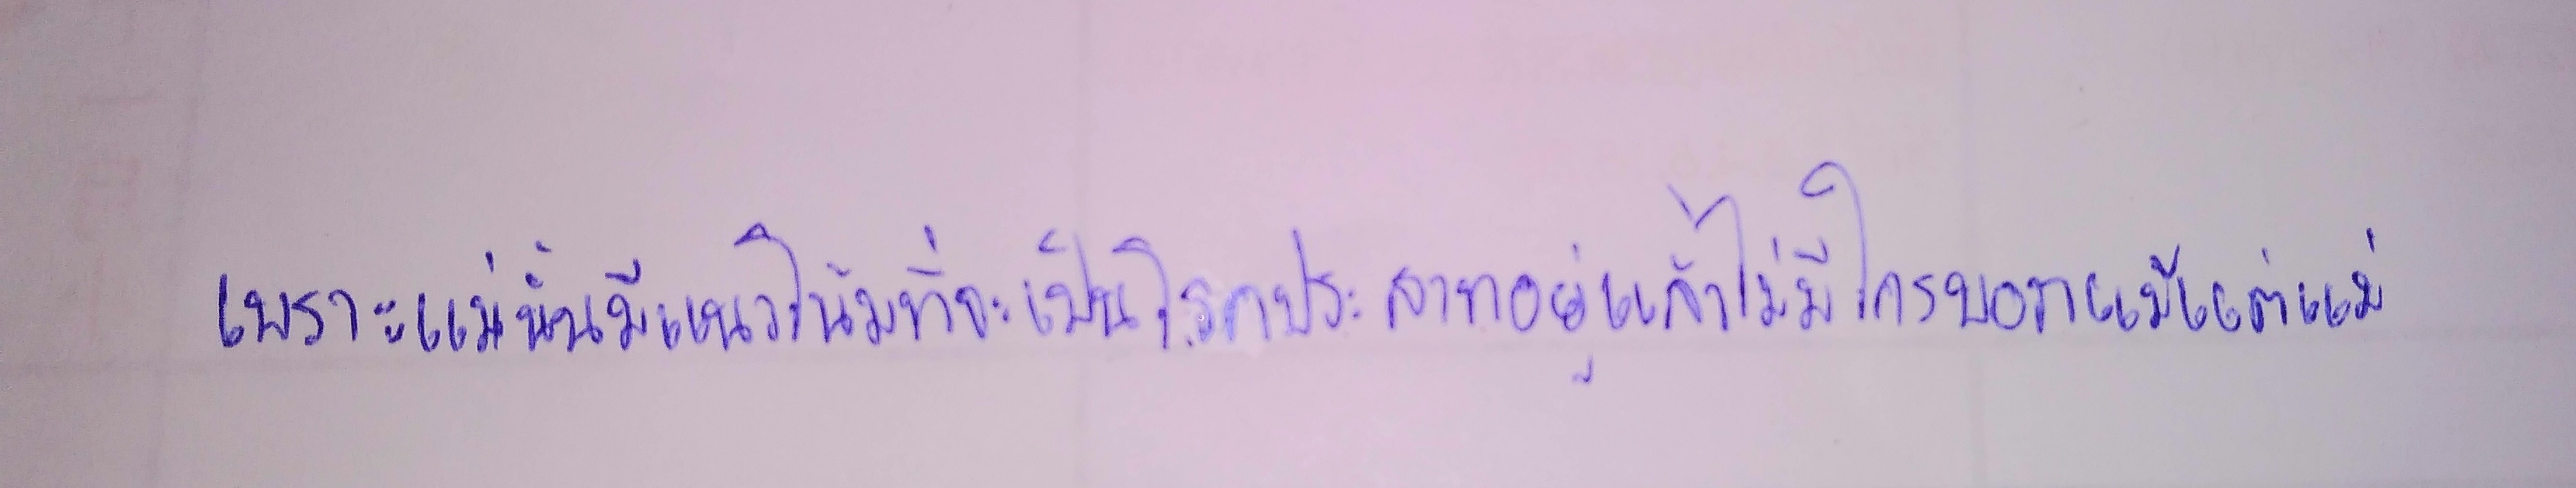
เพราะแม่นั้นมีแนวโน้มที่จะเป็นโรคประสาทอยู่แล้วไม่มีใครบอกแม้แต่แม่